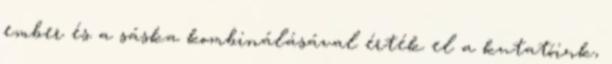
ember és a sáska kombinálásával érték el a kutatóink,